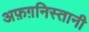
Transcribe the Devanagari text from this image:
अफ़ग़निस्तानी